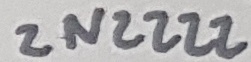
Text: 2N2222